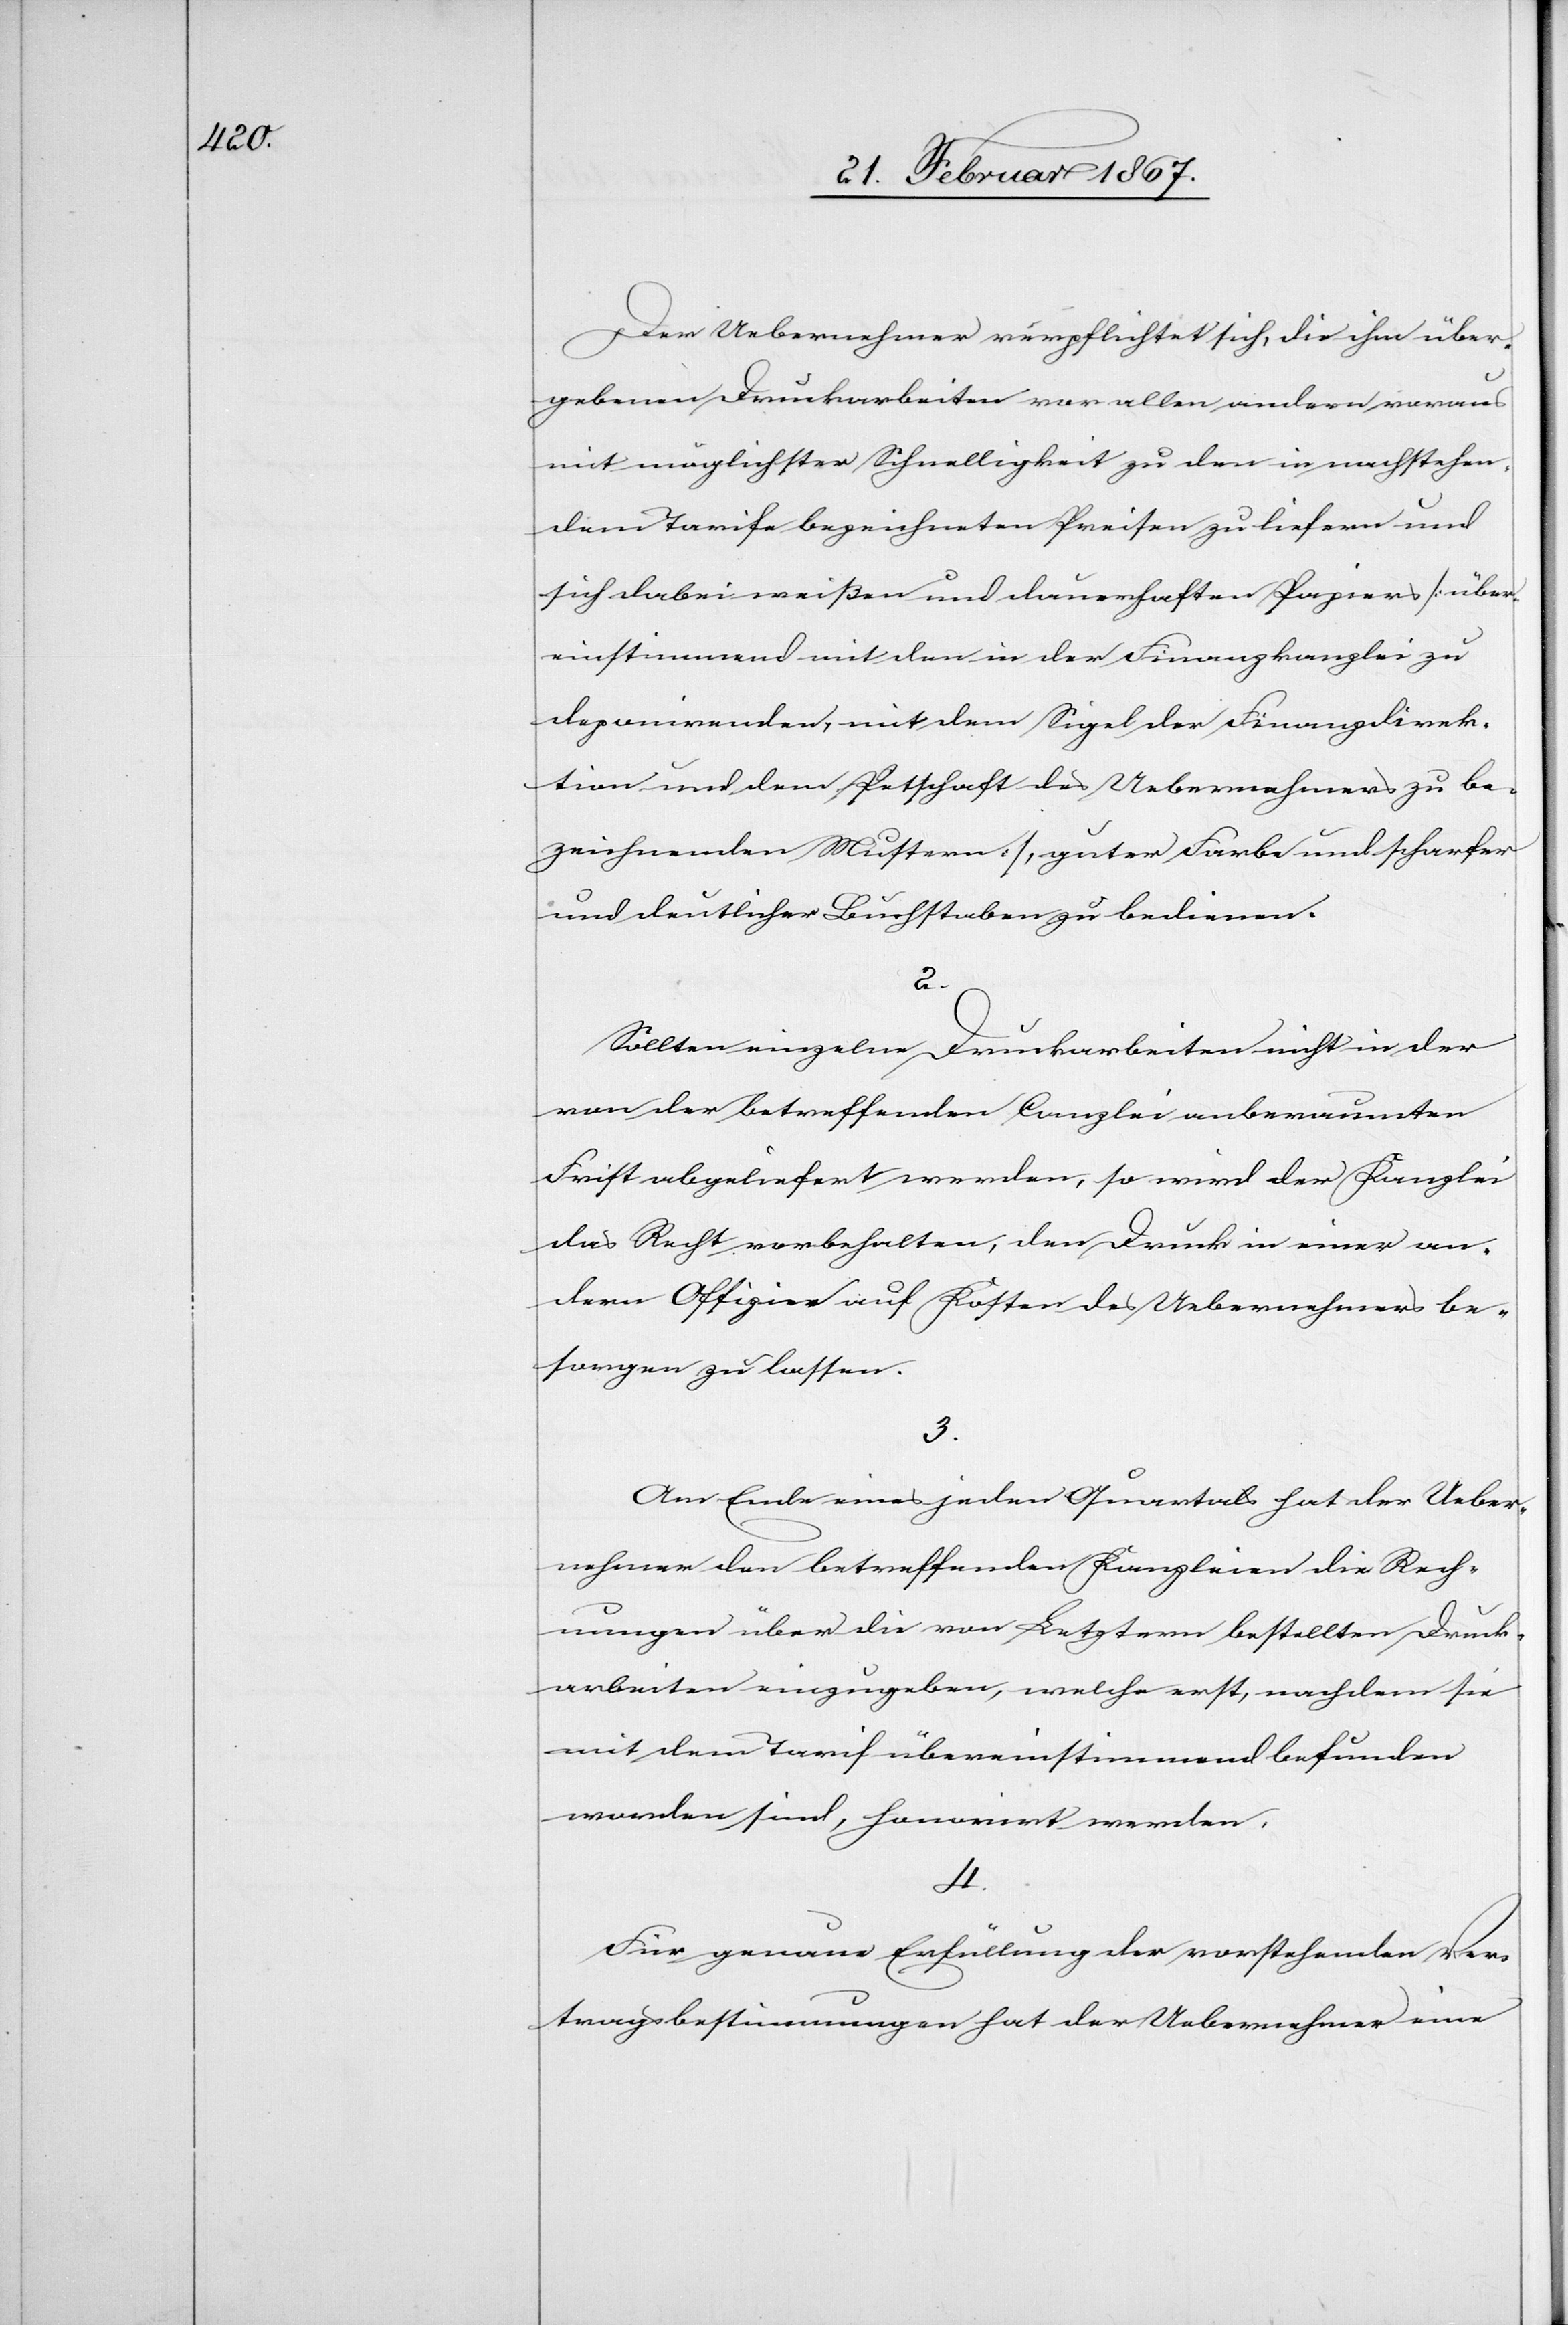
Der Uebernehmer verpflichtet sich, die ihm über¬
gebenen Druckarbeiten vor allen andern voraus
mit möglichster Schnelligkeit zu den in nachstehen¬
dem Tarife bezeichneten Preisen zu liefern und
sich dabei weißen und dauerhaften Papiers [über¬
einstimmend mit dem in der Finanzkanzlei zu
deponirenden, mit dem Siegel der Finanzdirek¬
tion und dem Petschaft des Uebernehmers zu be¬
zeichnenden Mustern], guter Farbe und scharfer
und deutlicher Buchstaben zu bedienen.
2.
Sollten einzelne Druckarbeiten nicht in der
von der betreffenden Canzlei anberaumten
Frist abgeliefert werden, so wird der Kanzlei
das Recht vorbehalten, den Druck in einer an¬
dern Offizie auf Kosten des Uebernehmers be¬
sorgen zu lassen.
3.
Am Ende eines jeden Quartals hat der Ueber¬
nehmer den betreffenden Kanzleien die Rech¬
nungen über die von Letztern bestellten Druck¬
arbeiten einzugeben, welche erst nachdem sie
mit dem Tarif übereinstimmend befunden
worden sind, honorirt werden.
4.
Für genaue Erfüllung der vorstehenden Ver¬
tragsbestimmungen hat der Uebernehmer eine